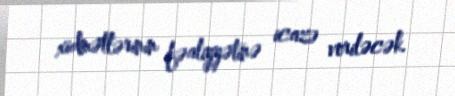
xidmətlərinin fəaliyyətinə icazə veriləcək.